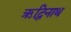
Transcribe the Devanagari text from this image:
ऋद्धिनाथ